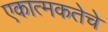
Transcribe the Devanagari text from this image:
एकात्मकतेचे